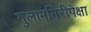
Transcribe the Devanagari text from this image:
गुलामगिरीपेक्षा